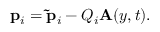
\mathbf { p } _ { i } = \mathbf { \tilde { p } } _ { i } - Q _ { i } \mathbf { A } ( y , t ) .